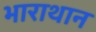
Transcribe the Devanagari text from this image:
भाराथान